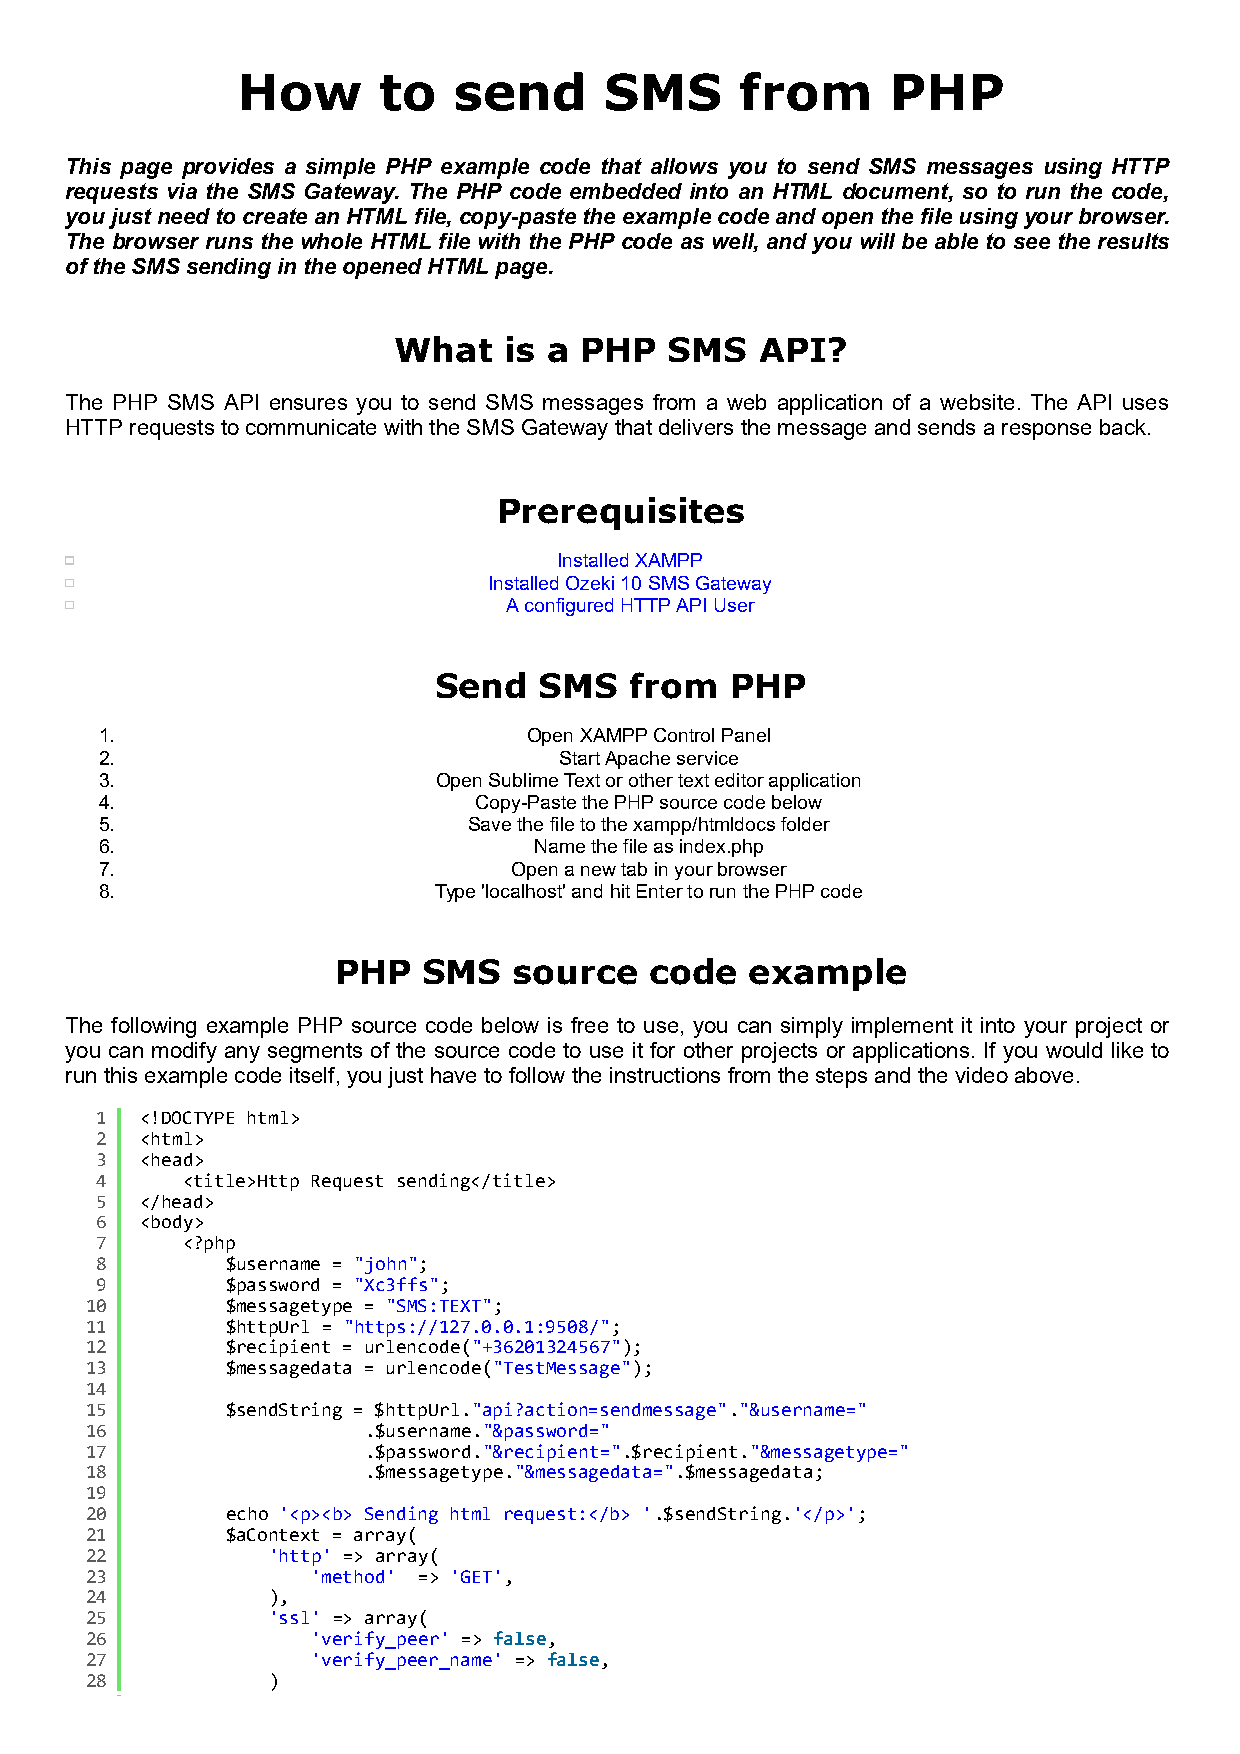
How      to   send      SMS      from      PHP
 This page provides a simple PHP example code that allows you to send SMS messages using HTTP
 requests via the SMS Gateway. The PHP code embedded into an HTML document, so to run the code,
 you just need to create an HTML file, copy-paste the example code and open the file using your browser.
 The browser runs the whole HTML file with the PHP code as well, and you will be able to see the results
 of the SMS sending in the opened HTML page.
 What   is a PHP   SMS   API?
 The PHP SMS API ensures you to send SMS messages from a web application of a website. The API uses
 HTTP requests to communicate with the SMS Gateway that delivers the message and sends a response back.
 Prerequisites
 Installed XAMPP
 Installed Ozeki 10 SMS Gateway
 A configured HTTP API User
 Send   SMS   from  PHP
 1.                          Open XAMPP Control Panel
 2.                            Start Apache service
 3.                    Open Sublime Text or other text editor application
 4.                      Copy-Paste the PHP source code below
 5.                      Save the file to the xampp/htmldocs folder
 6.                          Name the file as index.php
 7.                         Open a new tab in your browser
 8.                    Type 'localhost' and hit Enter to run the PHP code
 PHP   SMS   source   code   example
 The following example PHP source code below is free to use, you can simply implement it into your project or
 you can modify any segments of the source code to use it for other projects or applications. If you would like to
 run this example code itself, you just have to follow the instructions from the steps and the video above.
 1  <!DOCTYPE html>
 2  <html>
 3  <head>
 4     <title>Http Request sending</title>
 5  </head>
 6  <body>
 7     <?php
 8        $username = "john";
 9        $password = "Xc3ffs";
 10       $messagetype = "SMS:TEXT";
 11       $httpUrl = "https://127.0.0.1:9508/";
 12       $recipient = urlencode("+36201324567");
 13       $messagedata = urlencode("TestMessage");
 14
 15       $sendString = $httpUrl."api?action=sendmessage"."&username="
 16                .$username."&password="
 17                .$password."&recipient=".$recipient."&messagetype="
 18                .$messagetype."&messagedata=".$messagedata;
 19
 20       echo '<p><b> Sending html request:</b> '.$sendString.'</p>';
 21       $aContext = array(
 22          'http' => array(
 23             'method' => 'GET',
 24          ),
 25          'ssl' => array(
 26             'verify_peer' => false,
 27             'verify_peer_name' => false,
 28          )